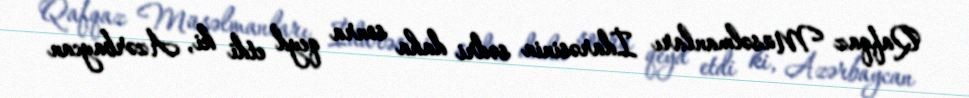
Qafqaz Müsəlmanları İdarəsinin sədri daha sonra qeyd etdi ki, Azərbaycan